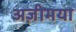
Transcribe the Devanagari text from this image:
अज़ीमया